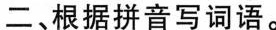
二、根据拼音写词语。